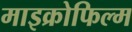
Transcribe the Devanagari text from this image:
माइक्रोफिल्‍म